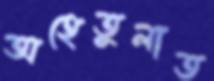
অহেতুলাত